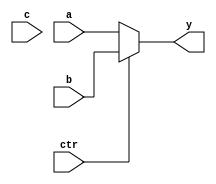

module MUX3 #(parameter WIDTH = 32)
	(a,b,c,ctr,y);
  input  ctr;
  input[WIDTH-1:0] a,b,c;
  output[WIDTH-1:0] y;


  assign y = (ctr==0)?a:((ctr==1)?b:c);
endmodule